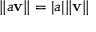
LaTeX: \| a \mathbf { v } \| = | a | \| \mathbf { v } \|